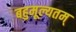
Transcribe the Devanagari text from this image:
बहुमूल्यतम्